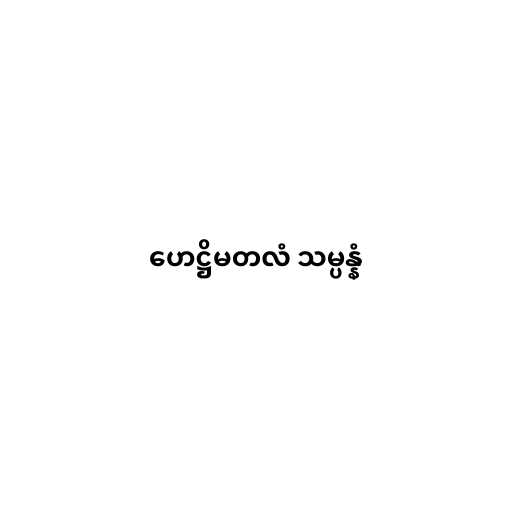
ဟေဋ္ဌိမတလံ သမ္ပန္နံ